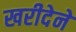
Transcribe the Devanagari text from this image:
खरीदेने